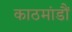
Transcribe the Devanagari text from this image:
काठमांडौं